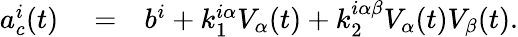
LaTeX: \begin{array}{rlr}{a_{c}^{i}(t)}&{{}=}&{b^{i}+k_{1}^{i\alpha}V_{\alpha}(t)+k_{2}^{i\alpha\beta}V_{\alpha}(t)V_{\beta}(t).}\end{array}